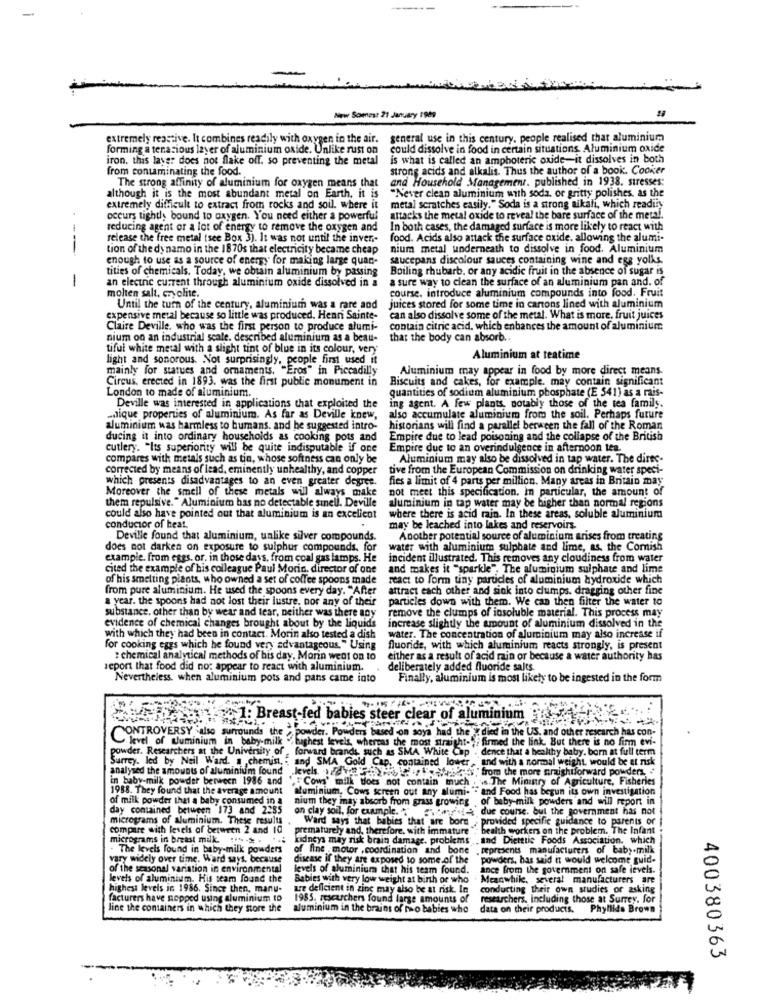
New Somest 21 January 1909
extremely reactive. It combines readily with oxygen in the air.
general use in this century, people realised that aluminium
forming a tenacious layer of aluminium oxide. Unlike rust on
could dissolve in food in certain situations. Aluminium oxide
iron. this layer does not flake off. so preventing the metal
is what is called an amphoteric oxide-it dissolves in both
from conuminating the food.
strong acids and alkalis. Thus the author of a book. Cooker
and Household Management. published in 1938. stresses:
The strong affinity of aluminium for oxygen means that
"Never clean aluminium with soda, or gritty polishes, as the
although it is the most abundant metal on Earth, it is
extremely difficult to extract from rocks and soil. where it
metal scratches easily." Soda is a strong aikali, which readily
occurs tightly bound to oxygen. You need either a powerful
attacks the metal oxide to reveal the bare surface of the metal.
reducing agent or a lot of energy to remove the oxygen and
In both cases, the damaged surface is more likely to react with
release the free metal (see Box 3). It was not until the inven-
food. Acids also attack the surface oxide. allowing the alumi-
---
tion of the dynamo in the 1870s that electricity became cheap
nium metal underneath to dissolve in food. Aluminium
enough to use as a source of energy for making large quan-
saucepans discolour sauces containing wine and egg yolks.
tities of chemicals. Today, we obtain aluminium by passing
Boiling rhubarb, or any acidic fruit in the absence of sugar is
an electric current through aluminium oxide dissolved in a
a sure way to clean the surface of an aluminium pan and. of
-
course. introduce aluminium compounds into food. Fruit
molten salt, cryche.
Until the turn of the century, aluminium was a rare and
juices stored for some time in cartons lined with aluminium
expensive metal because so little was produced. Henri Sainte-
can also dissolve some of the metal. What is more, fruit juices
Claire Deville, who was the first person to produce alumi-
contain citric acid, which enbances the amount of aluminium
nium on an industrial scale. described aluminium as a beau-
that the body can absorb ..
tiful white metal with a slight tint of blue in its colour, very
light and sonorous. Not surprisingly, people first used it
Aluminium at teatime
mainly for statues and ornaments. "Eros" in Piccadilly
Aluminium may appear in food by more direct means.
Circus, erected in 1893. was the first public monument in
Biscuits and cakes, for example. may contain significant
London to made of aluminium.
quantities of sodium aluminium phosphate (E 541) as a rais-
Deville was interested in applications that exploited the
ing agent. A few plants, notably those of the tea family.
mique properties of aluminium. As far as Deville knew,
also accumulate aluminium from the soil. Perhaps future
aluminium was harmless to burnans, and he suggested intro-
historians will find a parallel berween the fall of the Roman
ducing it into ordinary households as cooking pots and
Empire due to lead poisoning and the collapse of the British
cutlery. "Its superiority will be quite indisputable if one
Empire due to an overindulgence in afternoon tea.
compares with metals such as tin, whose softness can only be
Aluminium may also be dissolved in tap water. The dires-
corrected by means of lead, eminently unhealthy, and copper
tive from the European Commission on drinking water speci-
which presents disadvantages to an even greater degree.
fies a limit of 4 parts per million. Many areas in Britain may
Moreover the smell of these metals will always make
not meet this specification. In particular, the amount of
them repulsive." Aluminium has no detectable smell. Deville
aluminium in tap water may be higher than normal regions
could also have pointed out that aluminium is an excellent
where there is acid rain. In these areas, soluble aluminium
conductor of beat.
may be leached into lakes and reservoirs
Deville found that aluminium, unlike silver compounds.
Another potential source of aluminium arises from treating
does not darken on exposure to sulphur compounds. for
water with aluminium sulphate and lime, as, the Cornish
example. from eggs. or, in those days, from coal gas lamps. He
incident illustrated. This removes any cloudiness from water
cited the example of his colleague Paul Morin, director of one
and makes it "sparkle", The aluminium sulphate and lime
of his smelting plants, who owned a set of coffee spoons made
react to form tiny particles of aluminium hydroxide which
from pure aluminium. He used the spoons every day. "After
attract each other and sink into clumps. dragging other fine
a year. the spoons had not lost their lustre, nor any of their
particles down with them. We can then filter the water to
remove the clumps of insoluble material. This process may
substance. other than by wear and tear, neither was there any
increase slightly the amount of aluminium dissolved in the
evidence of chemical changes brought about by the liquids
with which they had been in contact. Morin also tested a dish
water. The concentration of aluminium may also increase if
for cooking eggs which he found very advantageous." Using
fluoride, with which aluminium reacts strongly, is present
: chemical analytical methods of his day, Monin went on to
either as a result of acid rain or because a water authority has
report that food did no: appear to react with aluminium.
deliberately added fluoride sajts.
Nevertheless, when aluminium pots and pans came into
Finally, aluminium is most likely to be ingested in the form
:: Breast-fed babies steer clear of aluminium
CONTROVERSY also surrounds the
powder. Powders based on soya had the " died in the US. and other research has con-
level of aluminium in baby-milk " highest levels, whereas the most straight-of firmed the link. But there is no firm evi-
level of aluminium in baby.milk
powder. Researchers at the University of
powder. Researchers at the University of ,forward brands, such as SMA White Cap
dence that a healthy baby. born at full term
Surrey. led by Neil Ward. a chemist,
and SMA Gold Cap. con
and with a normal
would be at risk
analysed the amounts of aluminium found
from the more an
in baby-milk powder berween 1986 and
""Cows' milk does not contain much . s.The Ministry of Agriculture, Fisheries
1988. They found that the average amount
aluminium, Cows screen out any alumi- - and Food has begun its own investigation
of milk powder that a baby consumed in a
nium they imay absorb from grass growing
nium they may absorb from grass growing of baby-milk powders and will report in
of baby-milk powders and will report in
day contained between 173 and 2285
on clay soil, for example."
«A due course. but the government has not
micrograms of aluminium. These results
babies that are born
provided specifie guidance to parents or
compare with levels of between 2 and 10
prematurely and, therefore, with immature"
health workers on the problem. The Infant
micrograms in breast milk. .. . .
kidneys may risk brain damage. problems _and Dietttic Foods Association, which
. The levels found in baby-milk powders
fine motor , coordination and bone
vary widely over time. Ward says, because
disease if they are exposed to some of the
powders, has said it would welcome guid-
of the seasonal variation in environmental
levels of aluminium that his team found.
ance from the government on safe levels.
levels of aluminium. His team found the
Babies with very low weight at birth or who
Meanwhile, several manufacturers are
highest levels in 1986. Since then, manu-
are deficient in zinc may also be at risk. In
conducting their own studies or asking
facturers have mopped using aluminium to
1985. researchers found large amounts of
researchers, Including those at Surrey. for
line the comainers in which they store the
aluminium in the brains of nao babies who
data on their products.
Phyllida Brown
400380363